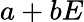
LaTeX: a+bE